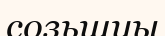
созьшуы